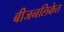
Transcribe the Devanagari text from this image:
बीजनलिकेत